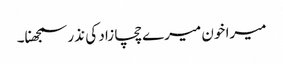
میرا خون میرے چچا زاد کی نذر سمجھنا۔